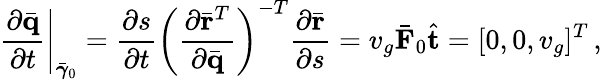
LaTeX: \left.\frac{\partial\bar{\mathbf q}}{\partial t}\right|_{\bar{\boldsymbol{\gamma}}_{0}}=\frac{\partial s}{\partial t}\left(\frac{\partial\bar{\mathbf r}^{T}}{\partial\bar{\mathbf q}}\right)^{-T}\frac{\partial\bar{\mathbf r}}{\partial s}=v_{g}\bar{\mathbf F}_{0}\hat{\mathbf t}=[0,0,v_{g}]^{T}\, ,